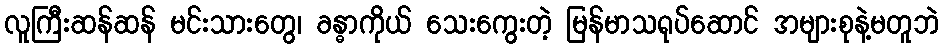
လူကြီးဆန်ဆန် မင်းသားတွေ၊ ခန္ဓာကိုယ် သေးကွေးတဲ့ မြန်မာသရုပ်ဆောင် အများစုနဲ့မတူဘဲ